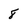
Character: 8